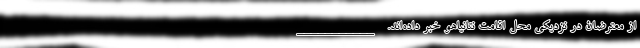
از معترضان در نزدیکی محل اقامت نتانیاهو خبر داده‌اند. ___________